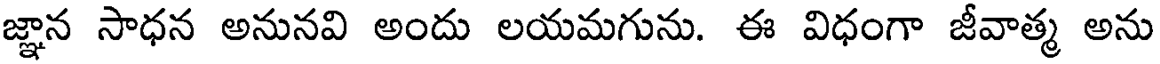
జ్ఞాన సాధన అనునవి అందు లయమగును. ఈ విధంగా జీవాత్మ అను